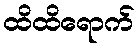
ထိထိရောက်